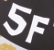
5F